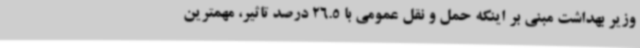
وزیر بهداشت مبنی بر اینکه حمل و نقل عمومی با 26.5 درصد تاثیر، مهمترین